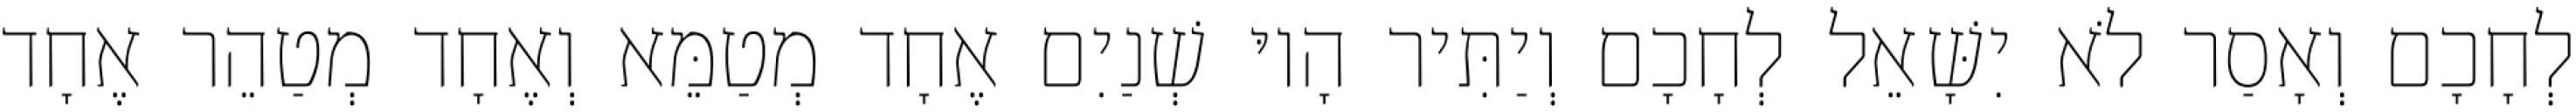
לְחָכָם וְאָסַר לֹא יִשָּׁאֵל לְחָכָם וְיַתִּיר הָיוּ שְׁנַיִם אֶחָד מְטַמֵּא וְאֶחָד מְטַהֵר אֶחָד